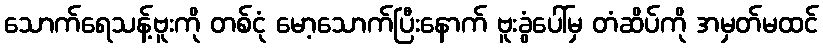
သောက်ရေသန့်ဗူးကို တစ်ငုံ မော့သောက်ပြီးနောက် ဗူးခွံပေါ်မှ တံဆိပ်ကို အမှတ်မထင်